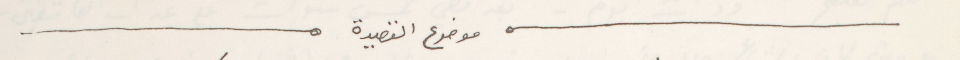
موضوع القصيدة